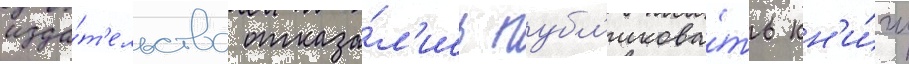
изда́т'ельства отказа́л'ись публ'икова́ть кн'и́гу